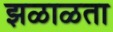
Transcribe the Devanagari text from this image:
झळाळता